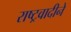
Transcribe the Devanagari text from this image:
राष्ट्रवादीने